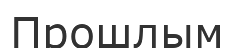
Прошлым